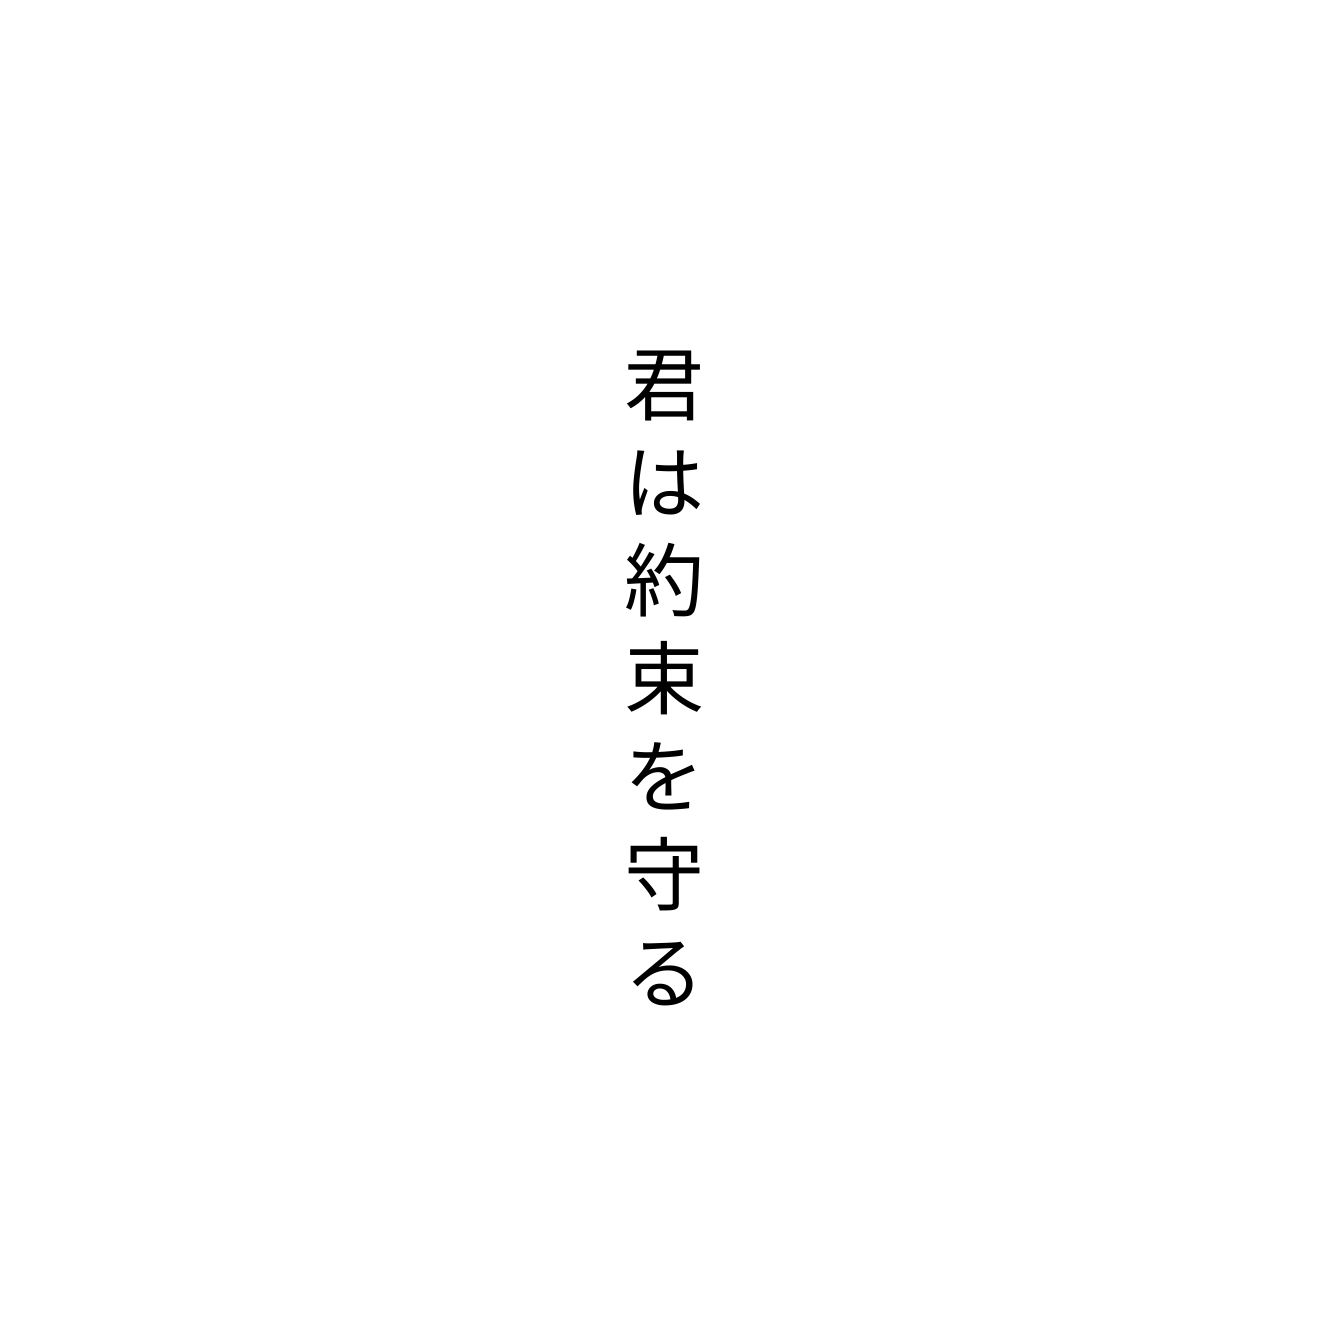
君は約束を守る